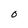
Character: 0